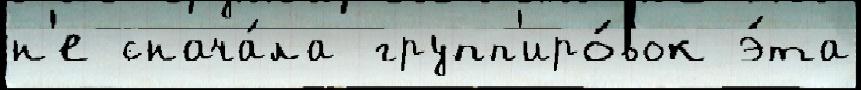
н'е снача́ла групп'иро́вок э́та